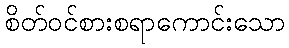
စိတ်ဝင်စားစရာကောင်းသော